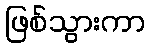
ဖြစ်သွားကာ